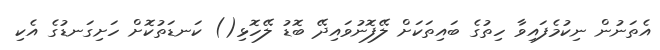
އެތަނުން ނިކުމެފައިވާ ހިތުގެ ބައިތަކަށް ލޭފޮނުވައިދޭ ބޮޑު ލޭހޮޅި() ކަނޑަތުކޮށް ހަށިގަނޑުގެ އެކި